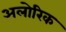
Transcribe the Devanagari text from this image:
अलोरिक